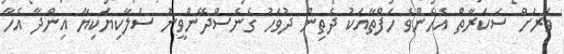
ވަރަށް ސަކަރާތް އެހެންވެ ހަފްތާއަކު ދެތިން ދުވަހު ގެެނެސްދޭންވީނު ސަލާކިޔަކިޔާ އިންދާ އެހާ